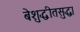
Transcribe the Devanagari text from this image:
बेशुद्धीतसुद्धा